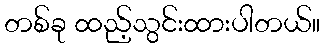
တစ်ခု ထည့်သွင်းထားပါတယ်။